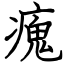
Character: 瘣